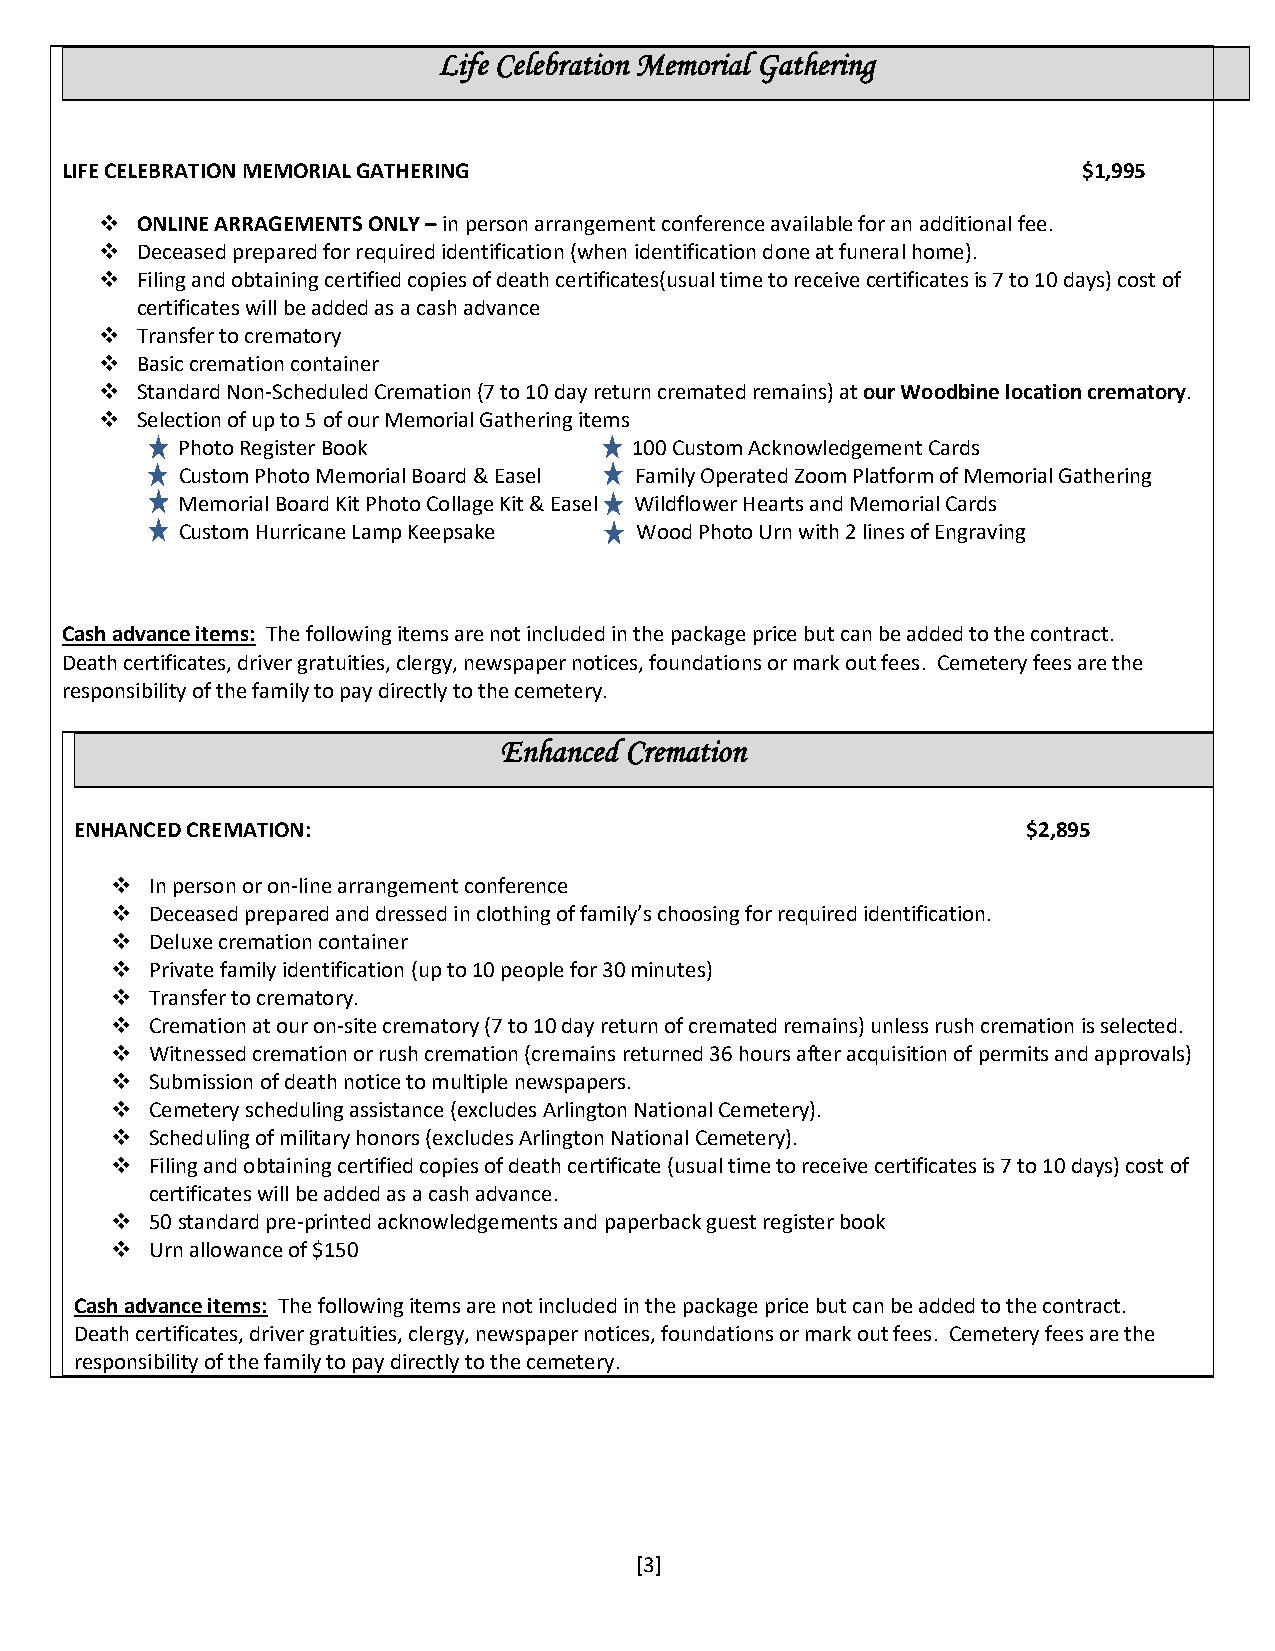
Life Celebration Memorial Gathering
 LIFE CELEBRATION MEMORIAL GATHERING                                 $1,995
 ❖ ONLINE ARRAGEMENTS ONLY – in person arrangement conference available for an additional fee.
 ❖ Deceased prepared for required identification (when identification done at funeral home).
 ❖ Filing and obtaining certified copies of death certificates(usual time to receive certificates is 7 to 10 days) cost of
 certificates will be added as a cash advance
 ❖ Transfer to crematory
 ❖ Basic cremation container
 ❖ Standard Non-Scheduled Cremation (7 to 10 day return cremated remains) at our Woodbine location crematory.
 ❖ Selection of up to 5 of our Memorial Gathering items
 Photo Register Book           100 Custom Acknowledgement Cards
 Custom Photo Memorial Board & Easel Family Operated Zoom Platform of Memorial Gathering
 Memorial Board Kit Photo Collage Kit & Easel Wildflower Hearts and Memorial Cards
 C u st o m H u rricane Lamp Keepsake Wood Photo Urn with 2 lines of Engraving
 Cash advance items: The following items are not included in the package price but can be added to the contract.
 Death certificates, driver gratuities, clergy, newspaper notices, foundations or mark out fees. Cemetery fees are the
 responsibility of the family to pay directly to the cemetery.
 Enhanced Cremation
 ENHANCED CREMATION:                                            $2,895
 ❖  In person or on-line arrangement conference
 ❖  Deceased prepared and dressed in clothing of family’s choosing for required identification.
 ❖  Deluxe cremation container
 ❖  Private family identification (up to 10 people for 30 minutes)
 ❖  Transfer to crematory.
 ❖  Cremation at our on-site crematory (7 to 10 day return of cremated remains) unless rush cremation is selected.
 ❖  Witnessed cremation or rush cremation (cremains returned 36 hours after acquisition of permits and approvals)
 ❖  Submission of death notice to multiple newspapers.
 ❖  Cemetery scheduling assistance (excludes Arlington National Cemetery).
 ❖  Scheduling of military honors (excludes Arlington National Cemetery).
 ❖  Filing and obtaining certified copies of death certificate (usual time to receive certificates is 7 to 10 days) cost of
 certificates will be added as a cash advance.
 ❖  50 standard pre-printed acknowledgements and paperback guest register book
 ❖  Urn allowance of $150
 Cash advance items: The following items are not included in the package price but can be added to the contract.
 Death certificates, driver gratuities, clergy, newspaper notices, foundations or mark out fees. Cemetery fees are the
 responsibility of the family to pay directly to the cemetery.
 [3]